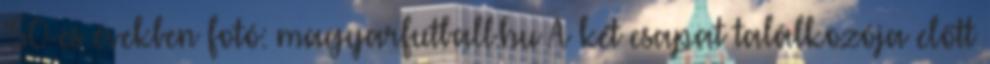
’50-es években fotó: magyarfutball.hu A két csapat találkozója előtt